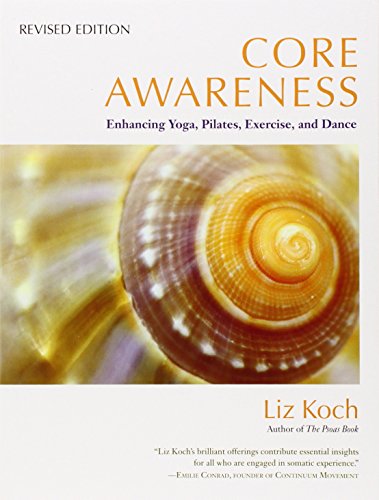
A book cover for Core Awareness, Revised Edition: Enhancing Yoga, Pilates, Exercise, and Dance; Liz Koch; Health, Fitness & Dieting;